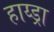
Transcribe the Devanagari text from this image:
हाय्ड्रा